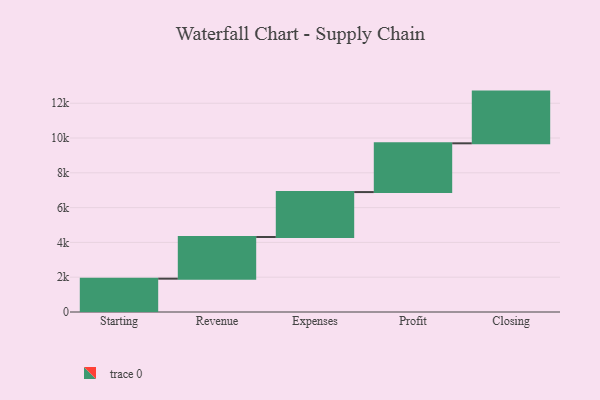
{"axis": {"x": "Step", "y": "Value"}, "legend": [""], "data": [{"x": "Starting", "y": 1916.0, "type": ""}, {"x": "Revenue", "y": 2395.0, "type": ""}, {"x": "Expenses", "y": 2582.0, "type": ""}, {"x": "Profit", "y": 2803.0, "type": ""}, {"x": "Closing", "y": 2972.0, "type": ""}]}